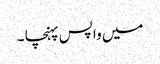
میں واپس پہنچا ۔